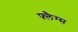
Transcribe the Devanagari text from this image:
फ़्लैग्स